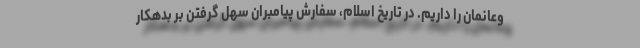
وعانمان را داریم. در تاریخ اسلام، سفارش پیامبران سهل گرفتن بر بدهکار